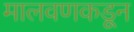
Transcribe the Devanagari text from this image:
मालवणकडून